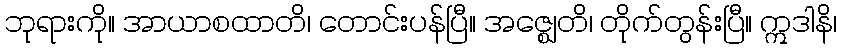
ဘုရားကို။ အာယာစထာတိ၊ တောင်းပန်ပြီ။ အဇ္ဈေတိ၊ တိုက်တွန်းပြီ။ ဣဒါနိ၊